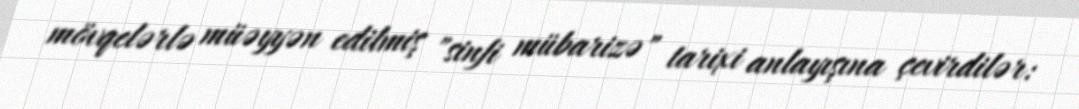
mövqelərlə müəyyən edilmiş "sinfi mübarizə" tarixi anlayışına çevirdilər: